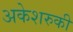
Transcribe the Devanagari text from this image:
अकेशरुकी